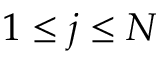
1 \leq j \leq N